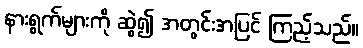
နားရွက်များကို ဆွဲ၍ အတွင်းအပြင် ကြည့်သည်။